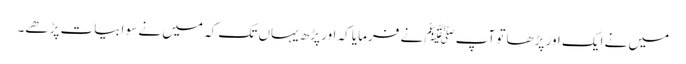
میں نے ایک اور پڑھا تو آپﷺ نے فرمایا کہ اور پڑھ یہاں تک کہ میں نے سو ابیات پڑھے۔